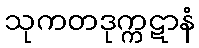
သုကတဒုက္ကဋာနံ